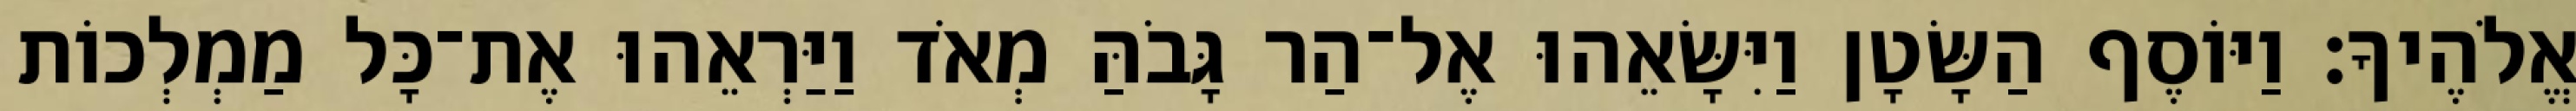
אֱלֹהֶיךָ׃ וַיּוֹסֶף הַשָּׂטָן וַיִּשָּׂאֵהוּ אֶל־הַר גָּבֹהַּ מְאֹד וַיַּרְאֵהוּ אֶת־כָּל מַמְלְכוֹת